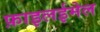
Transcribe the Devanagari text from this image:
फ़ाइलईमेल